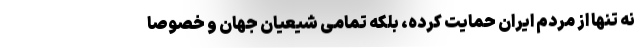
نه تنها از مردم ایران حمایت کرده، بلکه تمامی شیعیان جهان و خصوصاً